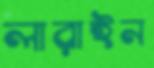
লারাইন